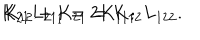
LaTeX: K _ { 2 1 } L _ { 2 1 1 } = 2 K _ { 1 1 } ; \hspace { 1 . 5 c m } K _ { 1 2 } + K _ { 2 1 } = K _ { 1 2 } L _ { 1 2 2 } .